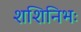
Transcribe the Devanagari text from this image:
शशिनिभः